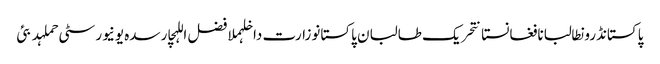
پاکستانڈرونطالبانافغانستانتحریک طالبان پاکستانوزارت داخلہملا فضل اللہچارسدہ یونیورسٹی حملہدبئی